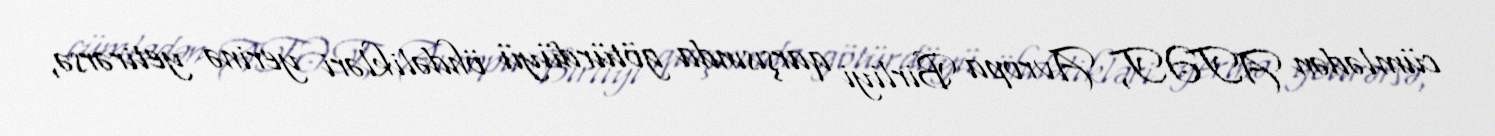
cümlədən ATƏT, Avropa Birliyi qarşısında götürdüyü öhdəlikləri yerinə yetirərsə,